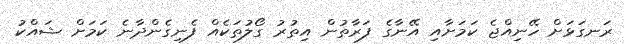
ރަނގަޅަށް ހޭނިއްޖެ ކަމަށާއި އޭނާގެ ފަރާތުން އިތުރު ގޯލުތަކެއް ފެނިގެންދާނެ ކަމަށް ޝައްކު